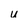
Character: u